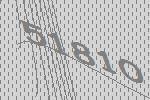
51810